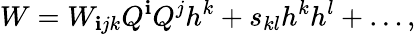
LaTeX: W=W_{\mathbf{i}jk}Q^{\mathbf{i}}Q^{j}h^{k}+s_{kl}h^{k}h^{l}+\dots,